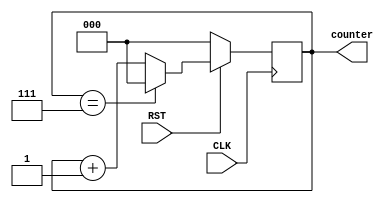
`timescale 1ns / 1ps


module MOD8Counter#(parameter K=3, parameter N=8)(      //parameter K=3, N=8 .
    input CLK,                                             //input CLk RST .
    input RST,
    output reg [K-1:0] counter                              // reg output Kbit counter . 
    );
    
    always @(posedge CLK)                                  // CLK rising edge  always .
    begin                                                  
        if(!RST)                                           // RST 0 .
        begin                                              
        counter <= {K{1'b0}};                              // counter Kbit 0 ,
        end                                                
                                                          
        else                                              
        begin                                             
        if(counter==N-1)                                   // counter N-1 conter Kbit 0 
            counter <= {K{1'b0}};                          // counter Kbit 0 ,
        else                                               
            counter <= counter+1;                          // counter  1 .
        end
    end
endmodule